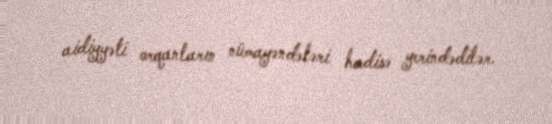
aidiyyəti orqanların nümayəndələri hadisə yerindədilər.